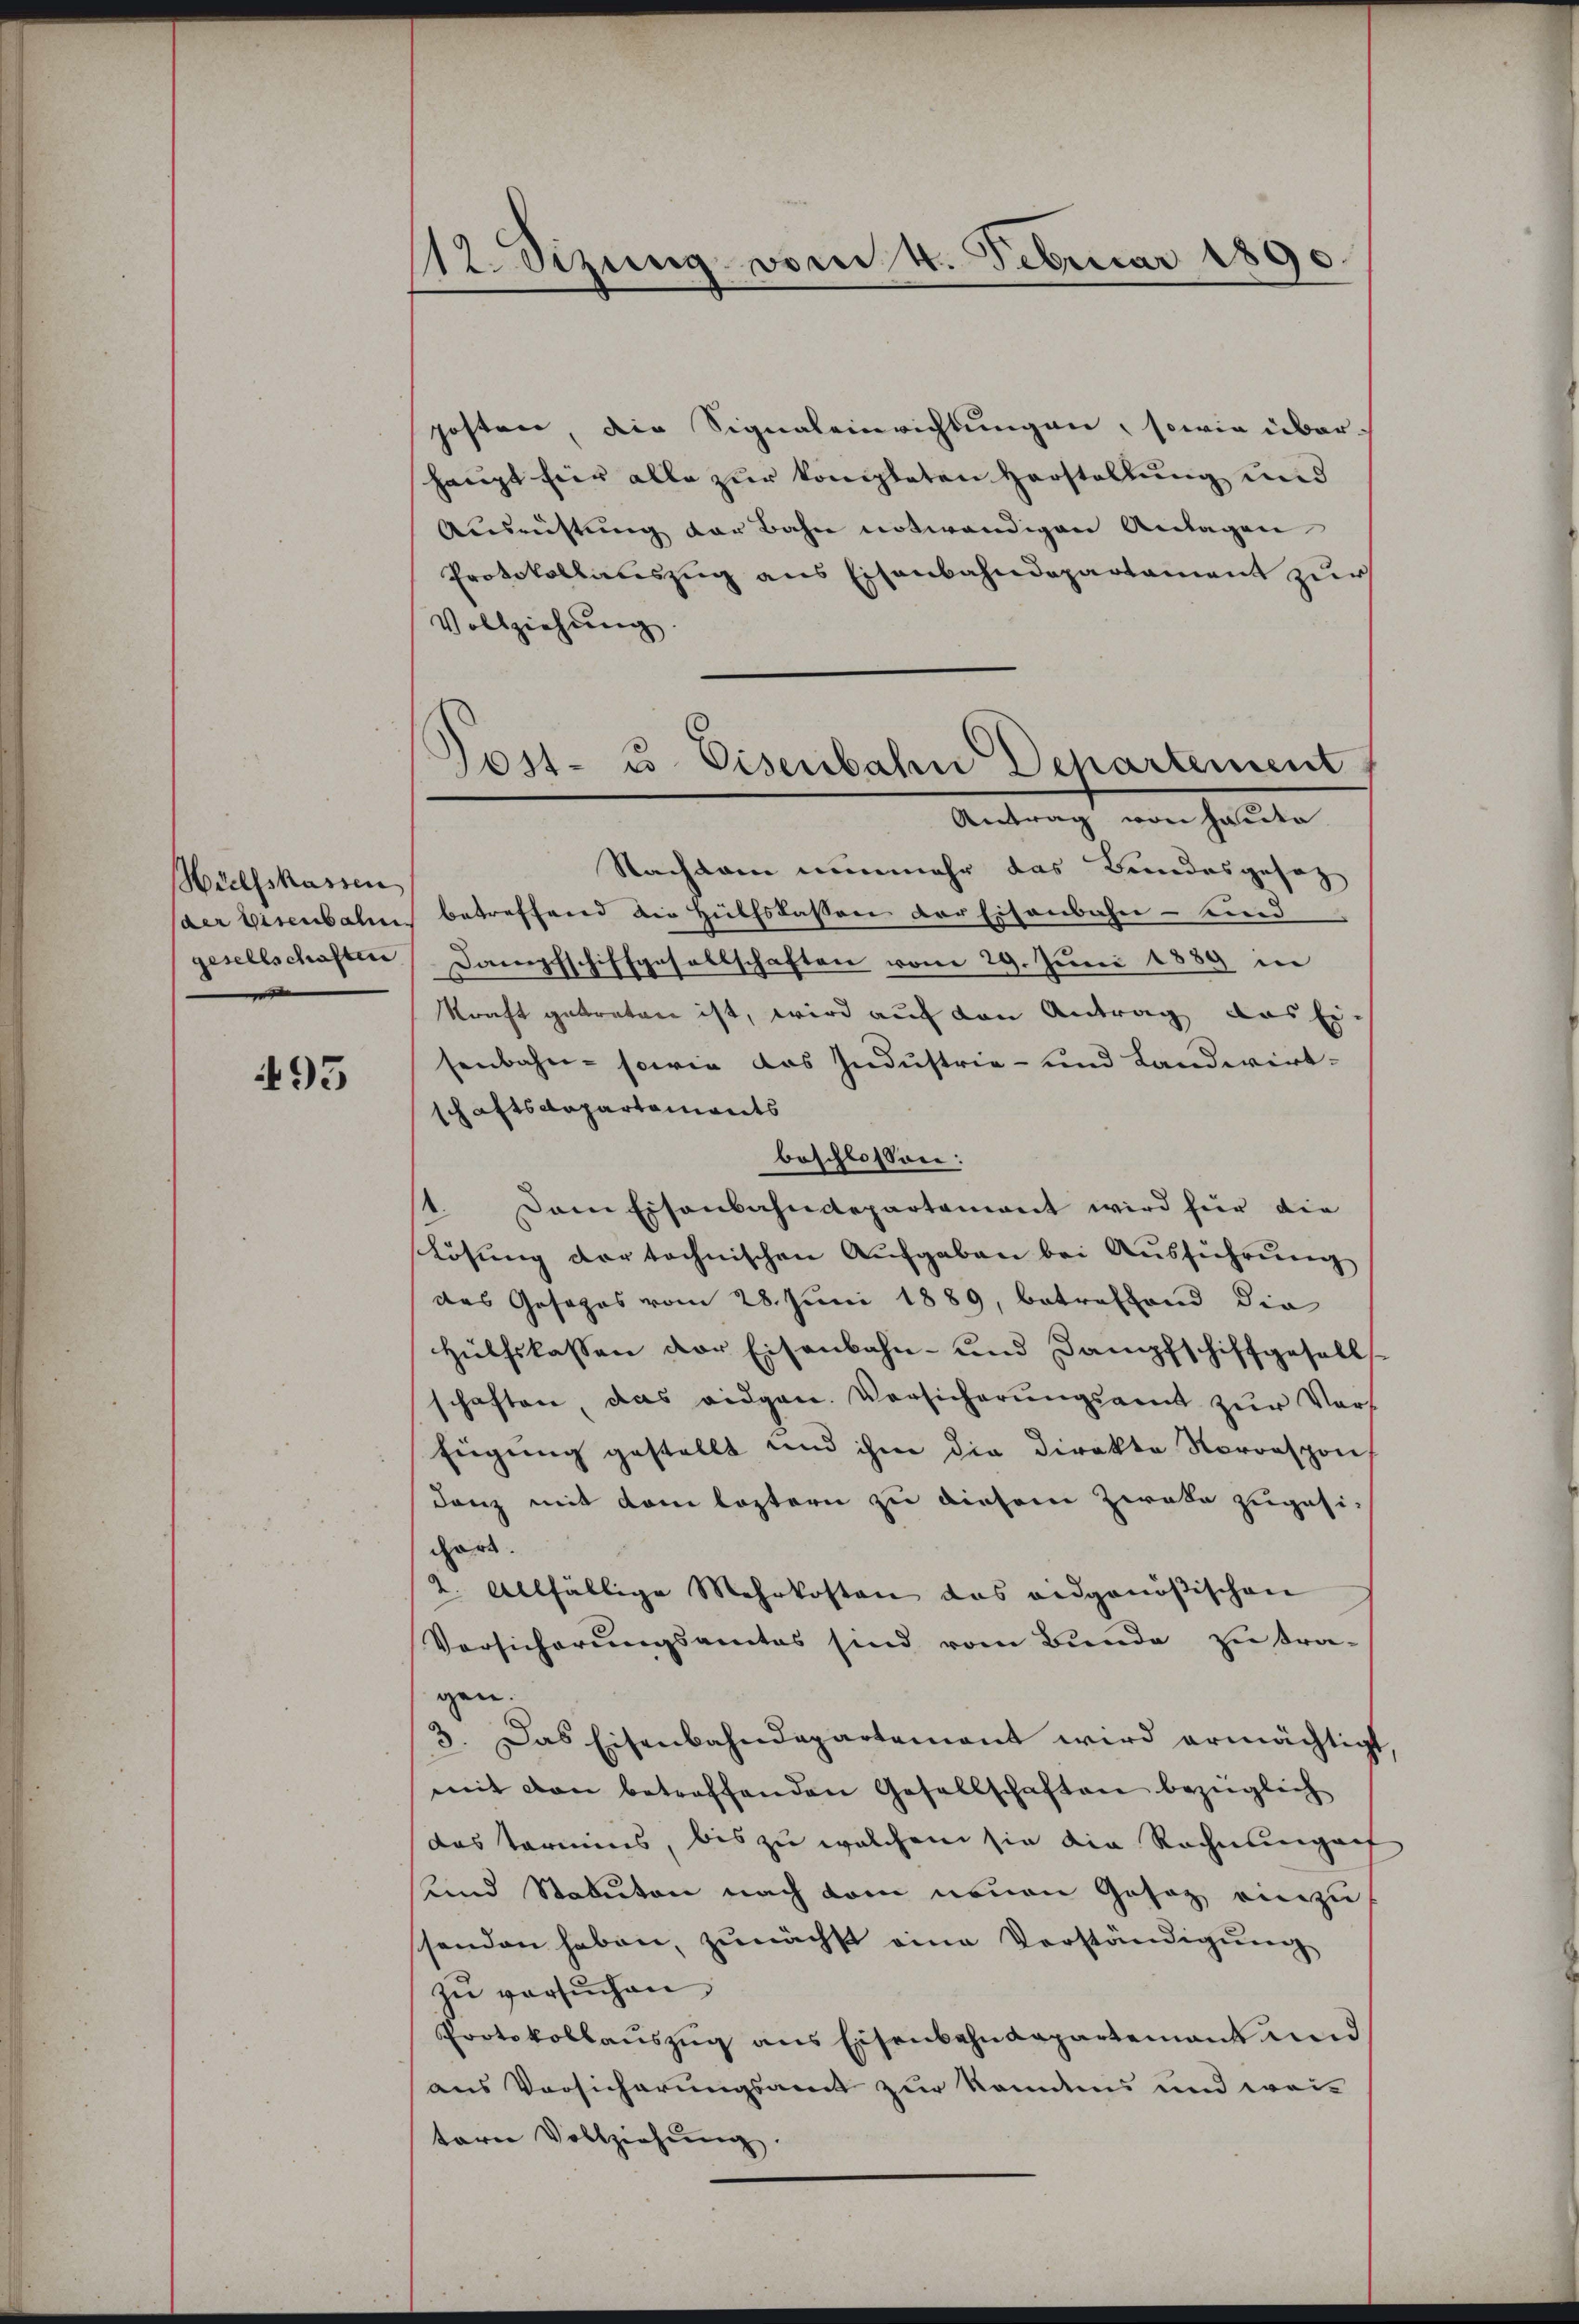
Hülfskassen
gesellschaften

95

112. Sizung vom 4. Februar 1890

Tost- u. Eisenbahn Departement
Antrag von Haute

posten die Signaleinrichtungen, sowie überhaupt für alle zur kompleten Herstellung und
Ausrüstung der Bahn notwendigen Anlagen
Protokollauszug aus Eisenbahndepartament zur
Vollziehŭng.
Nachdem nunmehr das Bundesgesetz
saer Eisenbalen betreffend die Hülfslassen der Eisenbahn- und
Dampfschiffgesellschaften vom 29. Juni 1889 in
kraft getreten ist, wird auf den Antrag, das Ei
senbahn- sowie das Industrie- und Landwirtschaftsdepartaments
beschlossen:
st. Dem Eisenbahndepartemont wird für die
Lösung der technischen Aufgaben bei Ausführung
des Gesages vom 28. Juni 1889, betreffend die
Hülfslassen der Eisenbahn- und Dampfschiffgesells
schaften, das eidgen. Vorsicherŭngsamt zŭr Vers
fügung gestellt und ihm die Direkte Sorrespon
danz mit dem leztern zu diesem Zweke zugesigart.
2. Allfällige Mehrkosten das eidgenößischen
Versicherungsantas sind vom Bunde zu tra-
gen.
3. Das Eisenbahndepartement wird ermächtigt,
mit den betreffenden Gesellschaften bezüglich
das Termins, bis zu welchem sie die Rechnungach
und Statuten nach dem neuen Gesag einzu
ssenden haben, zunächst eine Verständigŭng
zu versuchen
Protokollauszug aus Eisenbahndepartement und
aus Vorsicherungsamt zur kanntnis und wei-
tern Vollziehŭng.